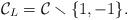
LaTeX: \begin{align*}\mathcal{C}_L = \mathcal{C} \smallsetminus \{1,-1\}.\end{align*}